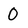
Character: O